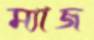
ম্যাজ